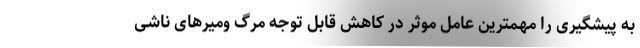
به پیشگیری را مهمترین عامل موثر در کاهش قابل توجه مرگ ومیرهای ناشی